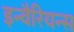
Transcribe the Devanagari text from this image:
इन्वैरियन्स